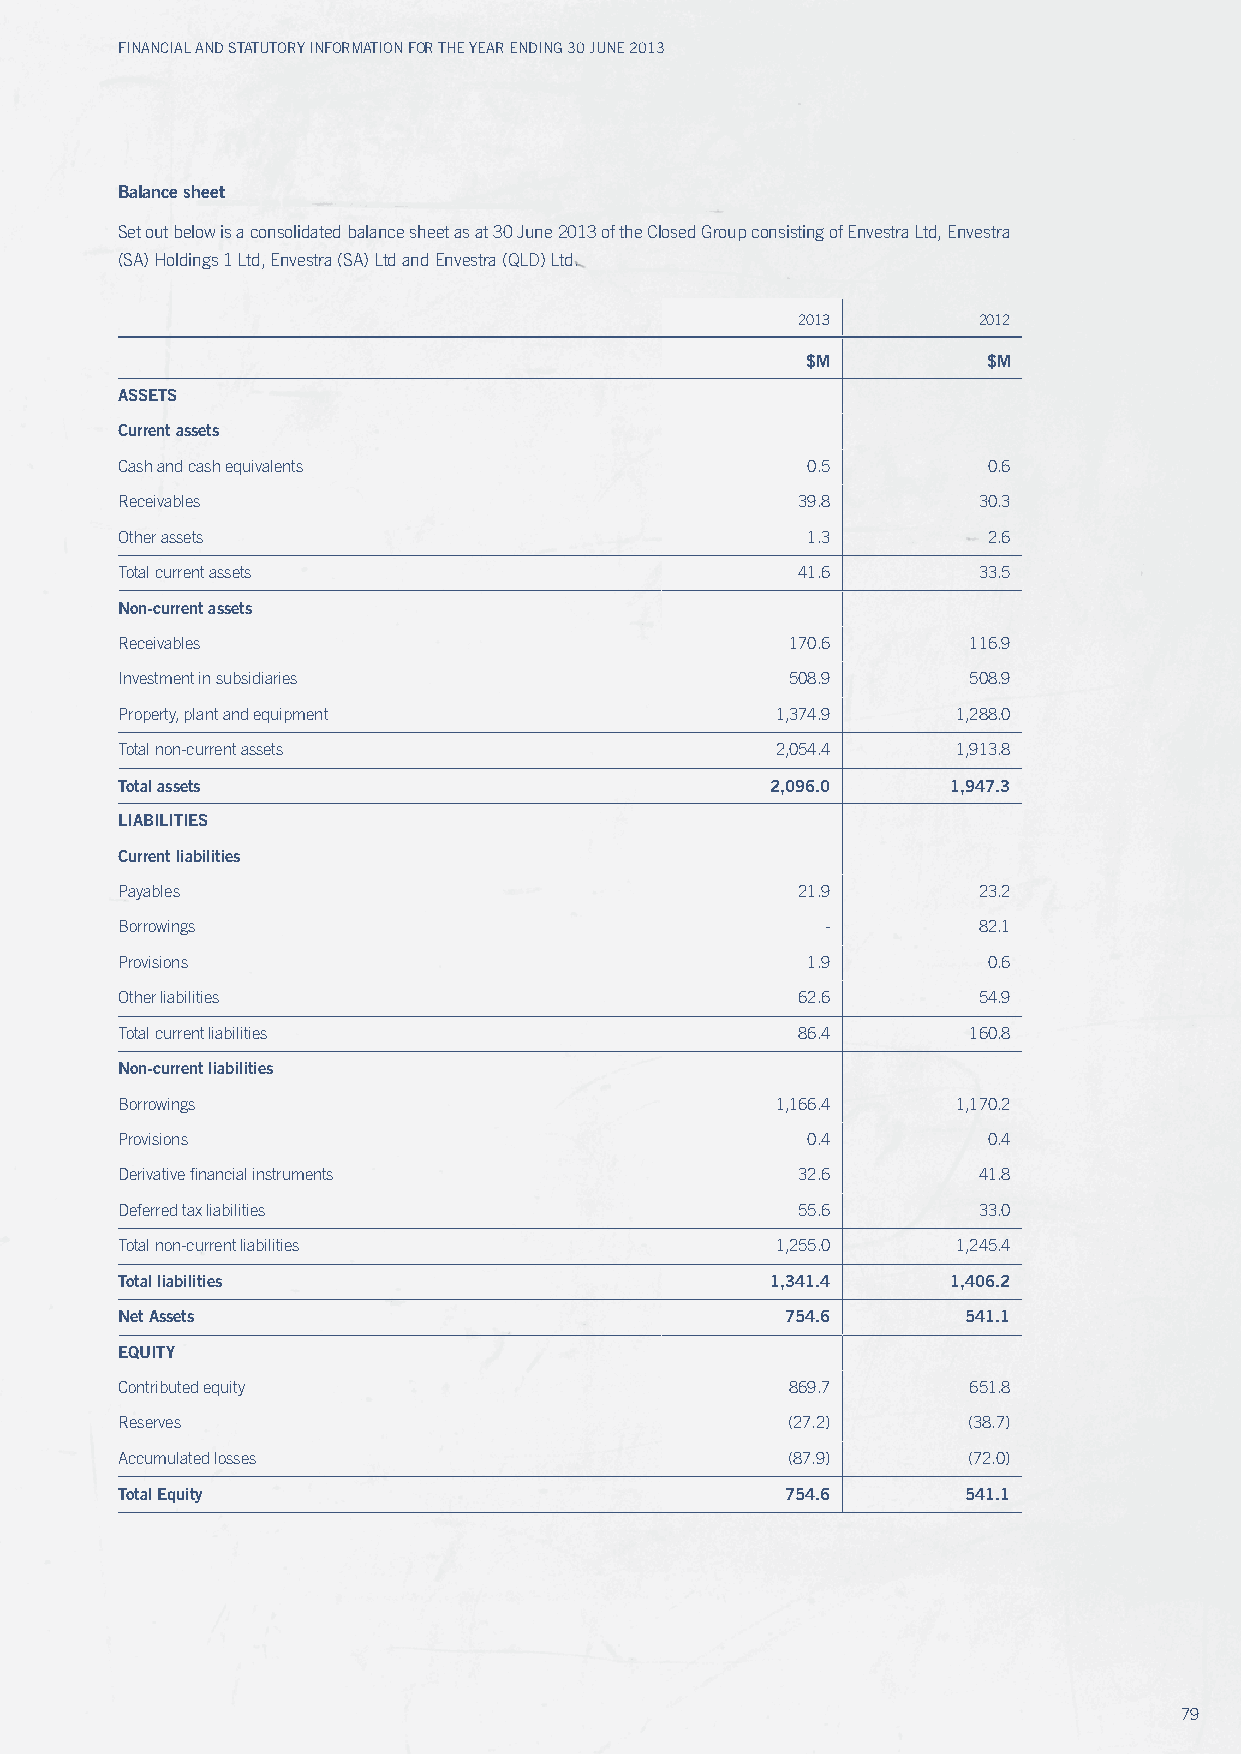
Financial and Statutory inFormation For the year ending 30 June 2013
 Balance sheet
 Set out below is a consolidated balance sheet as at 30 June 2013 of the Closed Group consisting of Envestra Ltd, Envestra
 (SA) Holdings 1 Ltd, Envestra (SA) Ltd and Envestra (QLD) Ltd.
 2013        2012
 $M          $M
 ASSETS
 Current assets
 Cash and cash equivalents                    0.5         0.6
 Receivables                                  39.8        30.3
 Other assets                                 1.3         2.6
 Total current assets                         41.6        33.5
 Non-current assets
 Receivables                                 170.6       116.9
 Investment in subsidiaries                  508.9       508.9
 Property, plant and equipment              1,374.9     1,288.0
 Total non-current assets                   2,054.4     1,913.8
 Total assets                               2,096.0     1,947.3
 LIABILITIES
 Current liabilities
 Payables                                     21.9        23.2
 Borrowings                                     -         82.1
 Provisions                                   1.9         0.6
 Other liabilities                            62.6        54.9
 Total current liabilities                    86.4       160.8
 Non-current liabilities
 Borrowings                                 1,166.4     1,170.2
 Provisions                                   0.4         0.4
 Derivative financial instruments             32.6        41.8
 Deferred tax liabilities                     55.6        33.0
 Total non-current liabilities              1,255.0     1,245.4
 Total liabilities                          1,341.4     1,406.2
 Net Assets                                  754.6       541.1
 EQuITY
 Contributed equity                          869.7       651.8
 Reserves                                    (27.2)      (38.7)
 Accumulated losses                          (87.9)      (72.0)
 Total Equity                                754.6       541.1
 79